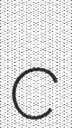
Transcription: c